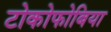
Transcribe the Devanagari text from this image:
टोकोफोबिया